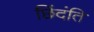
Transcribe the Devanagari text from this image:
छिंदंति